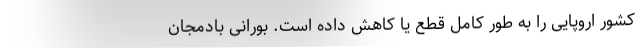
کشور اروپایی را به طور کامل قطع یا کاهش داده است. بورانی بادمجان